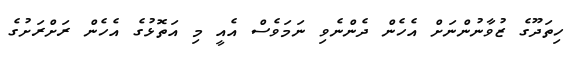
ހިތަދޫގެ ޒުވާނުންނަށް އެހެން ދެންނެވި ނަމަވެސް އެއީ މި އަތޮޅުގެ އެހެން ރަށްރަށުގެ